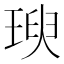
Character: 𤧙